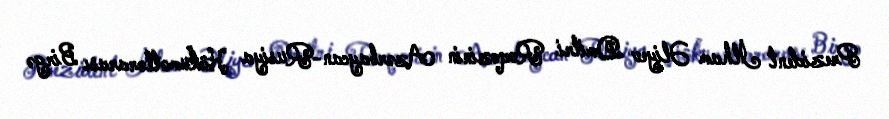
Prezident İlham Əliyev Dmitri Roqozinin Azərbaycan-Rusiya Hökumətlərarası Birgə